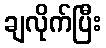
ချလိုက်ပြီး